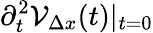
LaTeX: \partial_{t}^{2}{\cal V}_{\Delta x}(t)|_{t=0}